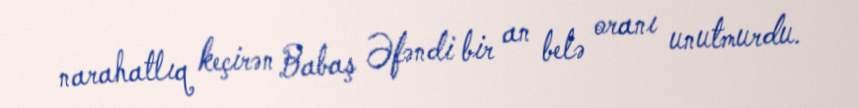
narahatlıq keçirən Babaş Əfəndi bir an belə oranı unutmurdu.